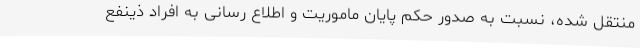
منتقل شده، نسبت به صدور حکم پایان ماموریت و اطلاع رسانی به افراد ذینفع